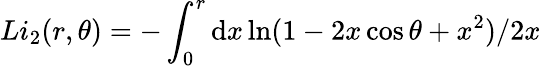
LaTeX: Li_{2}(r,\theta)=-\int_{0}^{r}\mathrm{d}x\ln(1-2x\cos\theta+x^{2})/2x